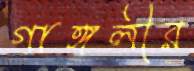
গাঙ্গলীর